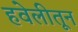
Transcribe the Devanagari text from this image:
हवेलीतून